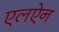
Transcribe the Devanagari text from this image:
एलऐन